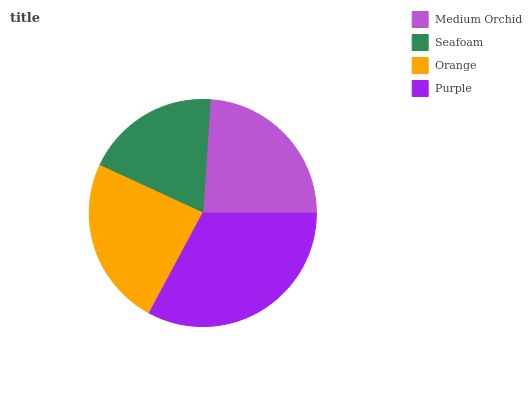
| Medium Orchid | Seafoam | Orange | Purple |
 | --- | --- | --- | --- |
 | 24% | 19.1% | 24% | 32.8% |